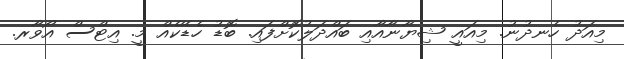
މިއަދު ހެނދުނު. މިއައީ ޝިޔާނާއާއި ބައްދަލުކޮށްފައި. ބޮޑު ހެޑޭކެއް މީ. އިޓްސް އޯވާރ.